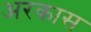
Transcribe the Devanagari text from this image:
अरकास